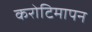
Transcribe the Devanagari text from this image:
करोटिमापन